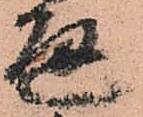
通